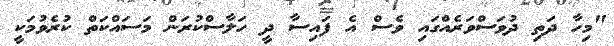
"މިހާ ދަތި ދުވަސްވަރެއްގައި ވެސް އެ ފައިސާ ދީ ހަލާސްކުރަން މަސައްކަތް ކުރެވުމަކީ